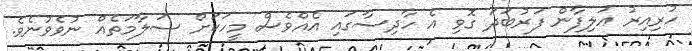
ހުރިއިރު އަލިފާން ފަރުބަދަ ގޮވި އެ ހާދިސާގައި އެއްވެސް މީހަކަށް ސަލާމަތެއް ނުވެވުނެވެ.